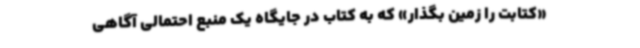
«کتابت را زمین بگذار» که به کتاب در جایگاه یک منبع احتمالی آگاهی